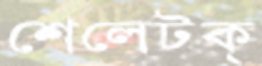
শেলেটক্